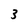
Character: 3